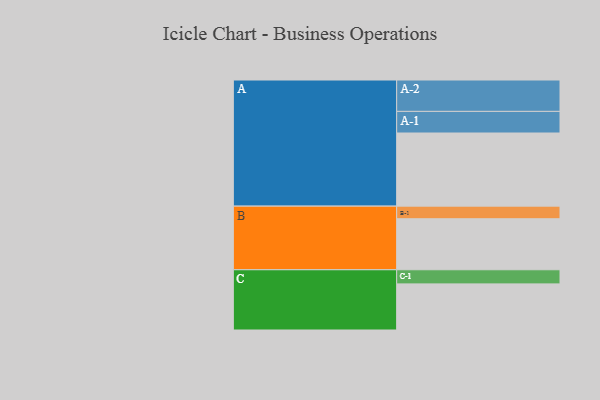
{"axis": {"x": "Segment", "y": "Value"}, "legend": ["", "A", "B", "C"], "data": [{"x": "A", "y": 585, "type": ""}, {"x": "B", "y": 408, "type": ""}, {"x": "C", "y": 369, "type": ""}, {"x": "A-1", "y": 173, "type": "A"}, {"x": "A-2", "y": 251, "type": "A"}, {"x": "B-1", "y": 101, "type": "B"}, {"x": "C-1", "y": 113, "type": "C"}]}